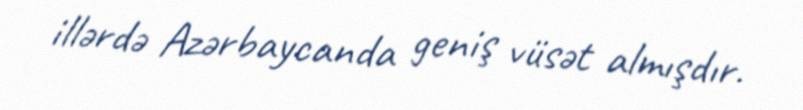
illərdə Azərbaycanda geniş vüsət almışdır.